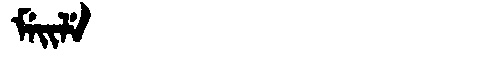
Manchu: ᠮᡝᡳᠯᡝ
Romanization: MEILE